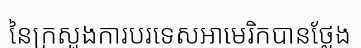
នៃក្រសួងការបរទេសអាមេរិកបានថ្លែង